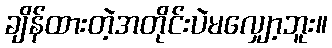
ချိန်ထားတဲ့အတိုင်းပဲမလျှော့ဘူး။